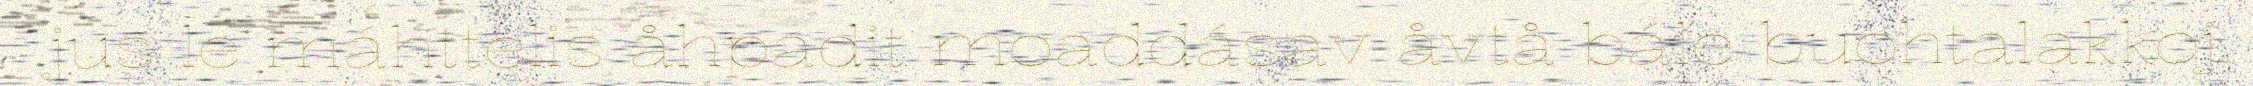
jus le máhttelis åhpadit moaddásav åvtå bále buohtalakkoj.